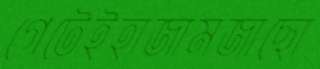
গেটেইহাজামজাছো